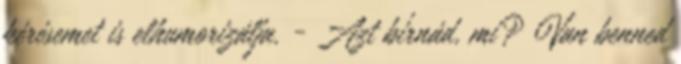
kérésemet is elhumorizálja. - Azt bírnád, mi? Van benned